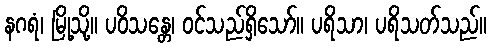
နဂရံ၊ မြို့သို့။ ပဝိသန္တေ၊ ဝင်သည်ရှိသော်။ ပရိသာ၊ ပရိသတ်သည်။